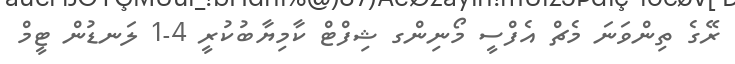
ރޭގެ ތިންވަނަ މެޗް އެފްސީ މޯނިންގ ޝިފްޓް ކާމިޔާބުކުރީ 4-1 ލަނޑުން ޓީމް